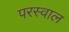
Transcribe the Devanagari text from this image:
परस्वाल